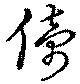
儔